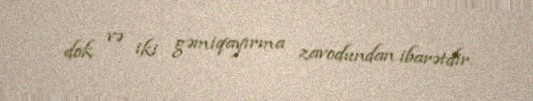
dok və iki gəmiqayırma zavodundan ibarətdir.